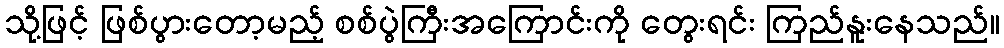
သို့ဖြင့် ဖြစ်ပွားတော့မည့် စစ်ပွဲကြီးအကြောင်းကို တွေးရင်း ကြည်နူးနေသည်။